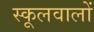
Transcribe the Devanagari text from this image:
स्कूलवालों